Indian journal of veterinary science and animal husbandry - Volumes 24-25, 1954-1955
Year: 1954
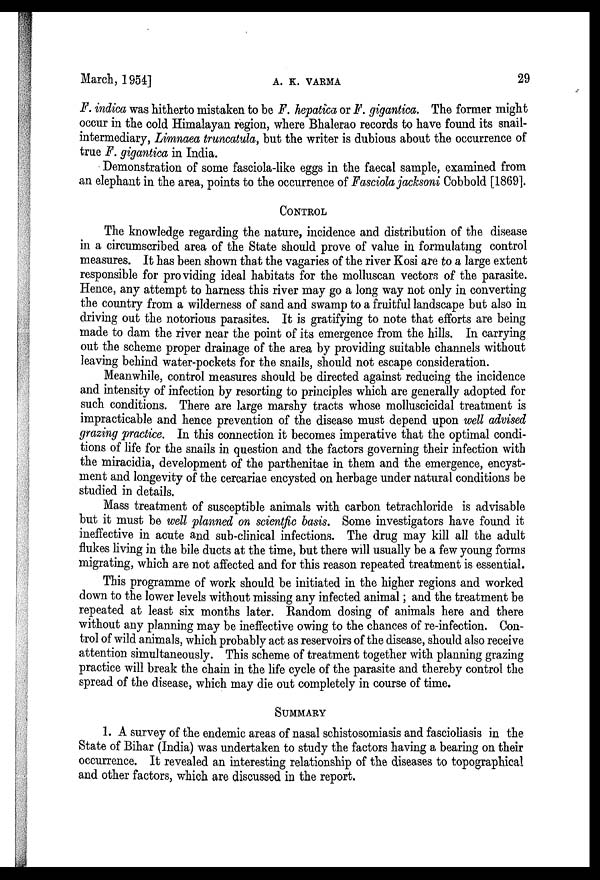
March, 1954] A
29
F. indica was hitherto mistaken to be F. hepatica or F. gigantica. The former might
occur in the cold Himalayan region, where Bhalerao records to have found its snail-
intermediary, Limnaea truncatula, but the writer is dubious about the occurrence of
true F. gigantica in India.
Demonstration of some fasciola-like eggs in the faecal sample, examined from
an elephant in the area, points to the occurrence of Fasciola jacksoni Cobbold [1869].
CONTROL
The knowledge regarding the nature, incidence and distribution of the disease
in a circumscribed area of the State should prove of value in formulating control
measures. It has been shown that the vagaries of the river Kosi are to a large extent
responsible for providing ideal habitats for the molluscan vectors of the parasite.
Hence, any attempt to harness this river may go a long way not only in converting
the country from a wilderness of sand and swamp to a fruitful landscape but also in
driving out the notorious parasites. It is gratifying to note that efforts are being
made to dam the river near the point of its emergence from the hills. In carrying
out the scheme proper drainage of the area by providing suitable channels without
leaving behind water-pockets for the snails, should not escape consideration.
Meanwhile, control measures should be directed against reducing the incidence
and intensity of infection by resorting to principles which are generally adopted for
such conditions. There are large marshy tracts whose molluscicidal treatment is
impracticable and hence prevention of the disease must depend upon well advised
grazing practice. In this connection it becomes imperative that the optimal condi-
tions of life for the snails in question and the factors governing their infection with
the miracidia, development of the parthenitae in them and the emergence, encyst-
ment and longevity of the cercariae encysted on herbage under natural conditions be
studied in details.
Mass treatment of susceptible animals with carbon tetrachloride is advisable
but it must be well planned on scientfic basis. Some investigators have found it
ineffective in acute and sub-clinical infections. The drug may kill all the adult
flukes living in the bile ducts at the time, but there will usually be a few young forms
migrating, which are not affected and for this reason repeated treatment is essential.
This programme of work should be initiated in the higher regions and worked
down to the lower levels without missing any infected animal; and the treatment be
repeated at least six months later. Random dosing of animals here and there
without any planning may be ineffective owing to the chances of re-infection. Con-
trol of wild animals, which probably act as reservoirs of the disease, should also receive
attention simultaneously. This scheme of treatment together with planning grazing
practice will break the chain in the life cycle of the parasite and thereby control the
spread of the disease, which may die out completely in course of time.
SUMMARY
1. A survey of the endemic areas of nasal schistosomiasis and fascioliasis in the
State of Bihar (India) was undertaken to study the factors having a bearing on their
occurrence. It revealed an interesting relationship of the diseases to topographical
and other factors, which are discussed in the report.